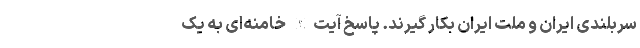
سربلندی ایران و ملت ایران بکار گیرند. پاسخ آیت‌الله خامنه‌ای به یک